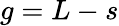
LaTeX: g=L-s